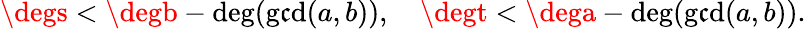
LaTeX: \degs<\degb-\deg(\operatorname*{g\mathfrak{c}d}(a,b)),\quad\degt<\dega-\deg(\operatorname*{g\mathfrak{c}d}(a,b)).